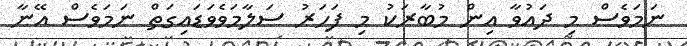
ނަމަވެސް މި ދައުވާ އިން މުބާރަކު މި ފަހަރު ސަލާމަވެވަޑައިގަތް ނަމަވެސް އޭނާ